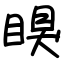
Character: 瞁